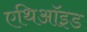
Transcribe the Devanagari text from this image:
एथिऑइड